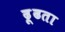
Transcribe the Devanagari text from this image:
ढ़ूढता